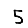
Digit: 5